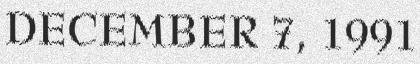
DECEMBER 7, 1991